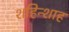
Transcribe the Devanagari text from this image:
शहिन्शाह